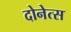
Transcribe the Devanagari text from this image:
दोनेत्स